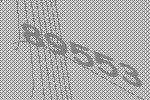
89553